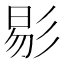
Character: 𢒗